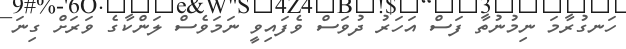
ހަނގުރާމަ ނިމުނުތާ ފަސް އަހަރު ދުވަސް ވެފައިވީ ނަމަވެސް ލަންކާގެ ވަރަށް ގިނަ